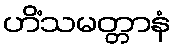
ဟိံသမတ္တာနံ